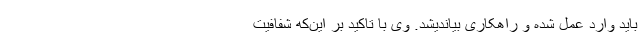
باید وارد عمل شده و راهکاری بیاندیشد. وی با تاکید بر این‌که شفافیت